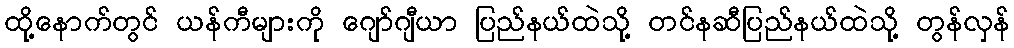
ထို့နောက်တွင် ယန်ကီများကို ဂျော်ဂျီယာ ပြည်နယ်ထဲသို့ တင်နဆီပြည်နယ်ထဲသို့ တွန်လှန်